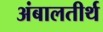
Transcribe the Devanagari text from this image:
अंबालतीर्थ